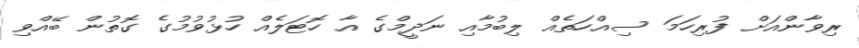
ރިވާންއަށް ފުރިހަމަ ސިއްހަތެއް ލިބުމާއި ނަދީމްގެ އާ ހޮޓަލެއް ހުޅުވުމުގެ ގޮތުން ބޭއްވި